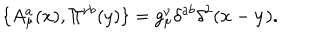
\{ A _ { \mu } ^ { a } ( x ) , \Pi ^ { \nu b } ( y ) \} = g _ { \mu } ^ { \nu } \delta ^ { a b } \delta ^ { 2 } ( { \bf x } - { \bf y } ) .